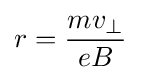
r={\frac {mv_{\perp }}{eB}}